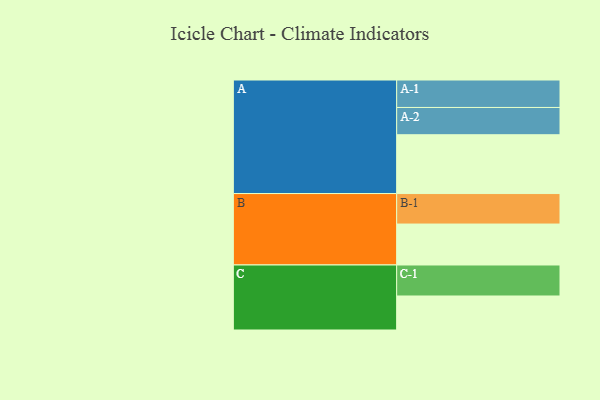
{"axis": {"x": "Segment", "y": "Value"}, "legend": ["", "A", "B", "C"], "data": [{"x": "A", "y": 550, "type": ""}, {"x": "B", "y": 383, "type": ""}, {"x": "C", "y": 318, "type": ""}, {"x": "A-1", "y": 257, "type": "A"}, {"x": "A-2", "y": 255, "type": "A"}, {"x": "B-1", "y": 285, "type": "B"}, {"x": "C-1", "y": 290, "type": "C"}]}